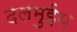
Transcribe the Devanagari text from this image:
दलमुईय